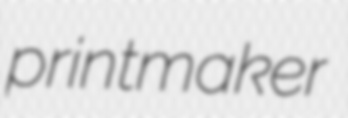
printmaker